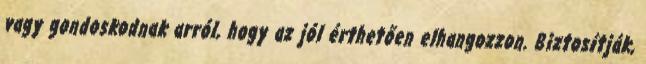
vagy gondoskodnak arról, hogy az jól érthetően elhangozzon. Biztosítják,